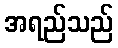
အရည်သည်